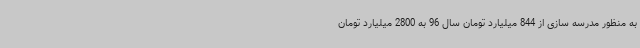
به منظور مدرسه سازی از 844 میلیارد تومان سال 96 به 2800 میلیارد تومان